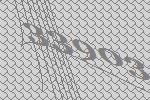
33903